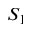
S _ { 1 }